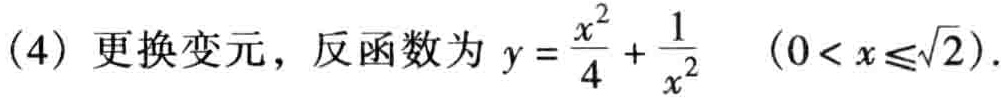
(4) 更换变元，反函数为 \(y = \frac{x^{2}}{4}+\frac{1}{x^{2}}\quad(0 < x\leqslant\sqrt{2})\).